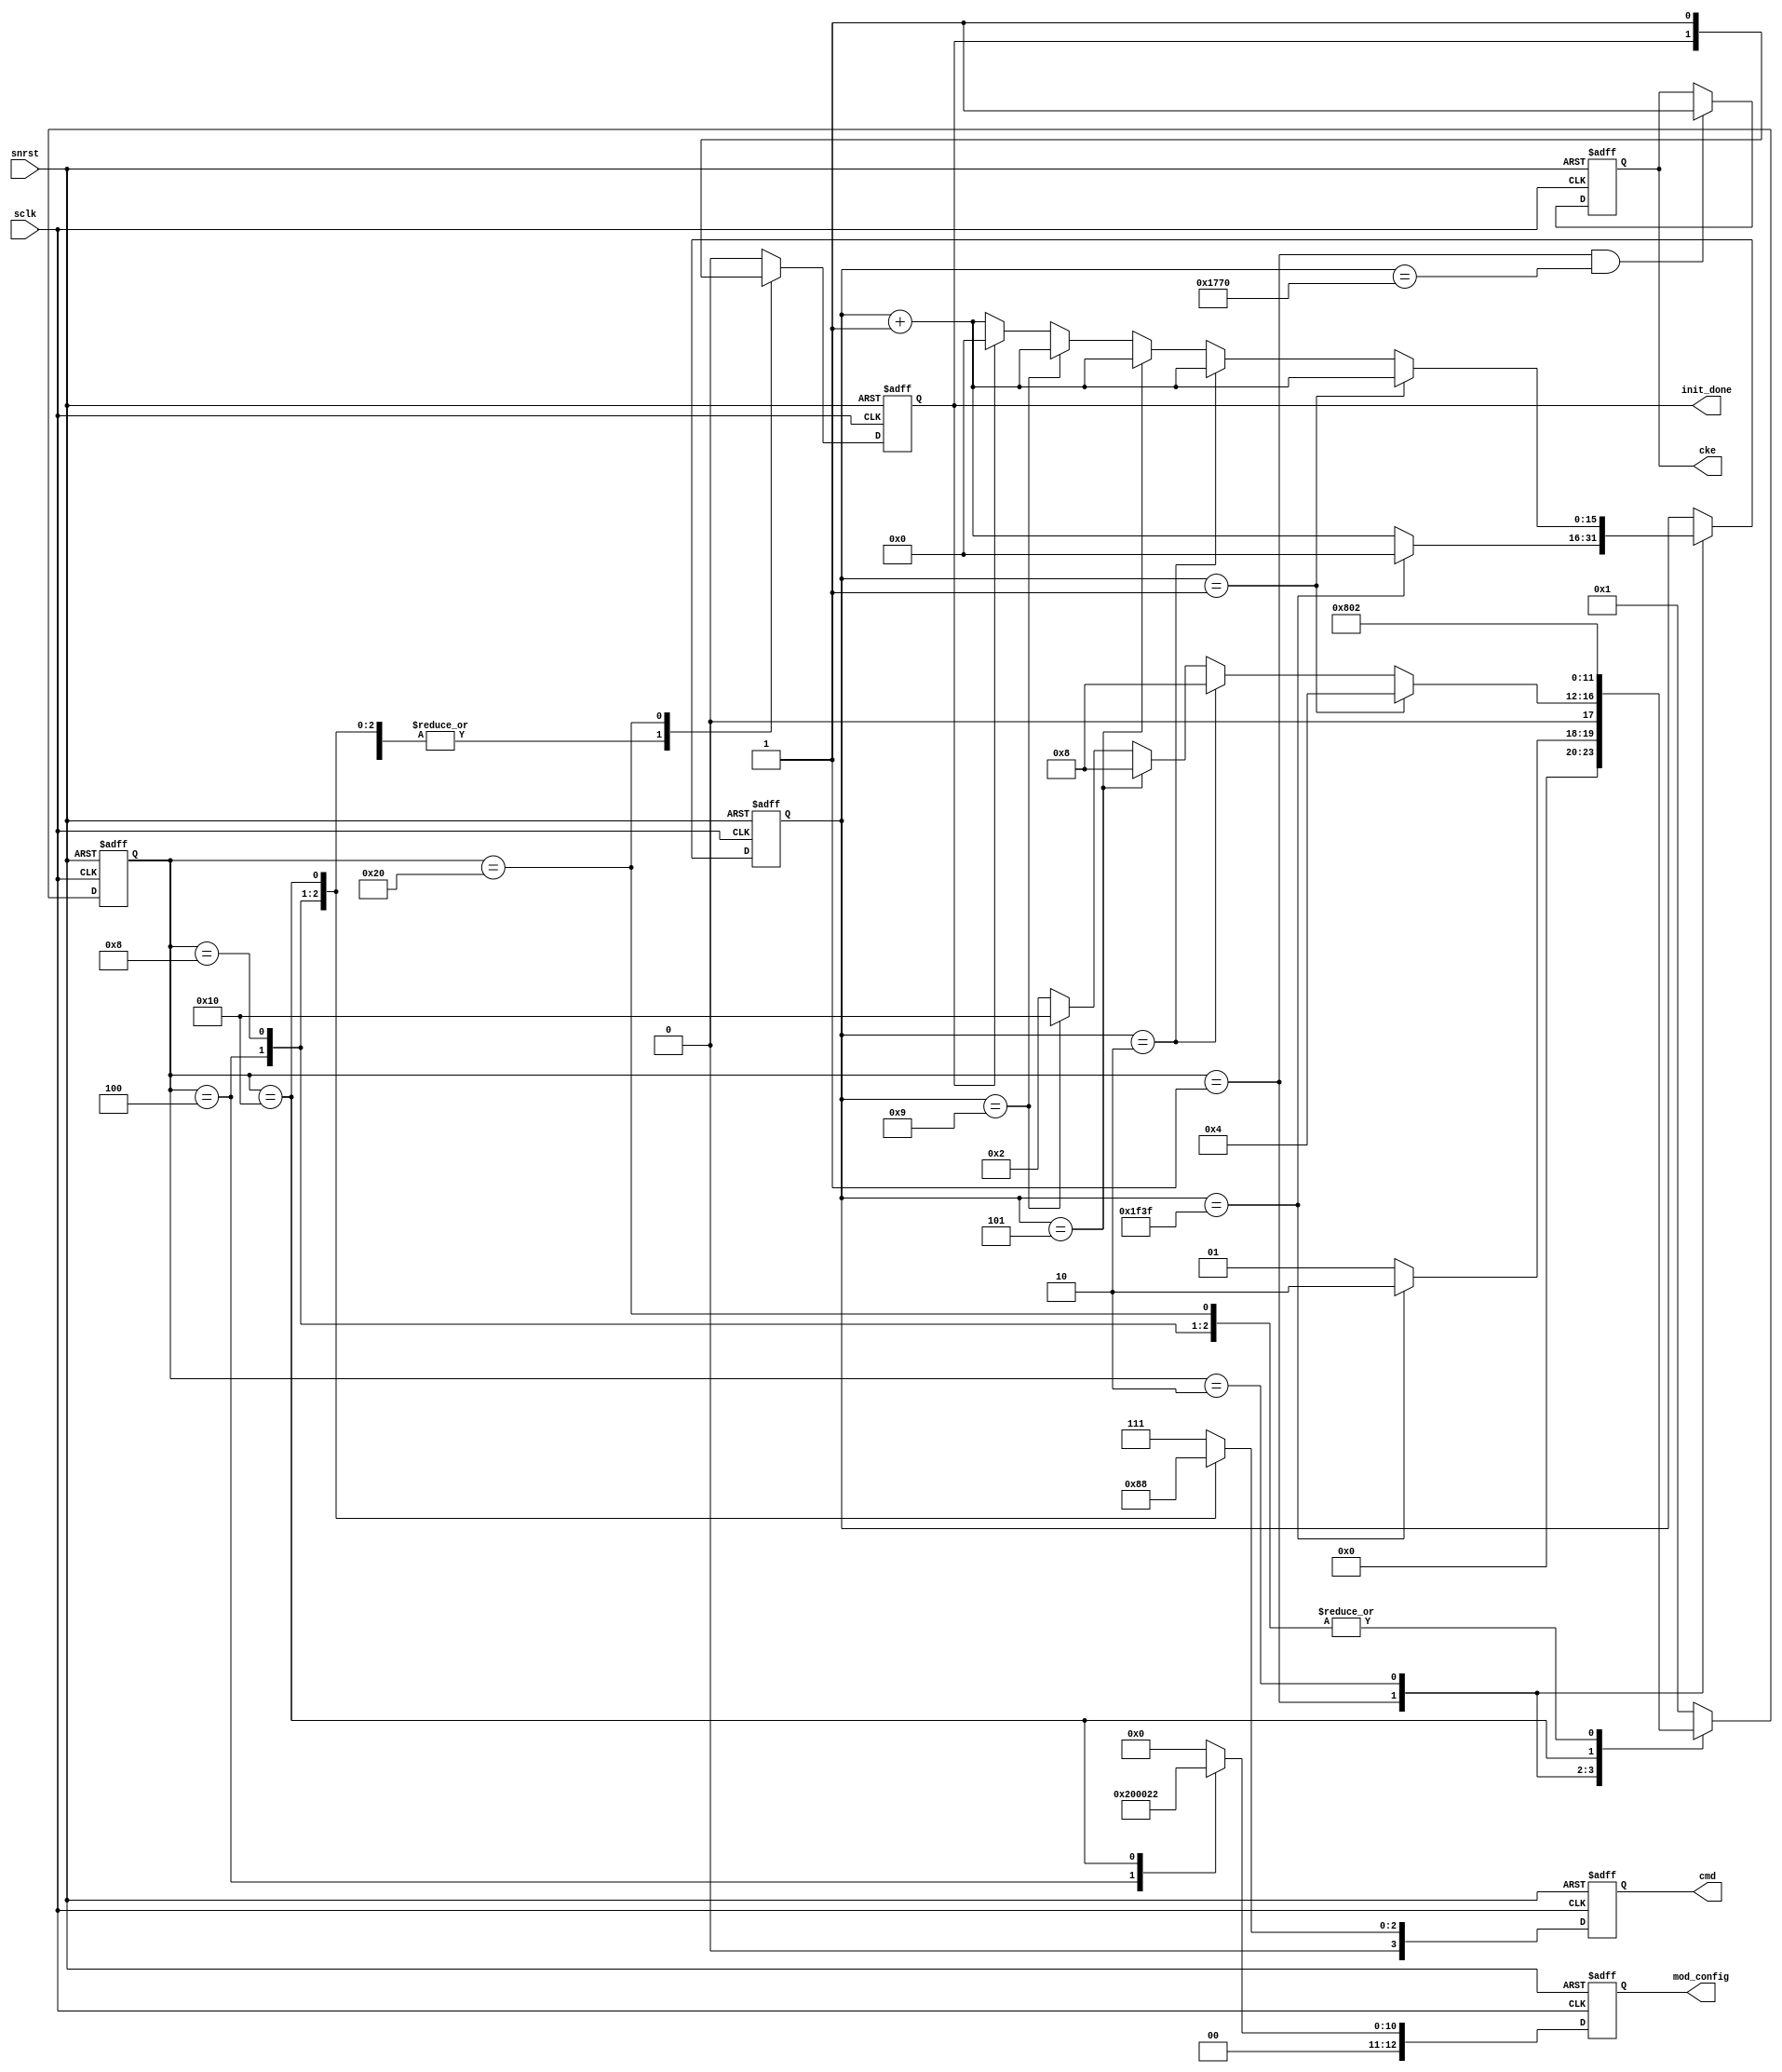
module sdram_initialization (	sclk		,
								snrst		,
								cke			,
								cmd			,
								mod_config	,
								init_done
								);
	input sclk		;
	input snrst		;
	output	reg			cke			;
	output	reg [ 3:0]	cmd	       	;							
	output	reg [12:0]	mod_config 	;							
/* 	output	reg 		init_done	; */
	output	     		init_done	;						
	
	localparam	CMD_NOP			=	4'b0111,							
	            CMD_ACTIVE		=	4'b0011,  					
	            CMD_READ		=	4'b0101,						
	            CMD_WRITE		=	4'b0100,						
	            CMD_BT			=	4'b0110,				//BURST_TERMINITE				
	            CMD_PRCH		=	4'b0010,				//PRICHARGE					
	            CMD_AR_or_SR	=	4'b0001,				//AUTO REFRESH or SELF REFRESH
	            CMD_LMR			=	4'b0000;				//LOAD_MODE_REGISTER
	localparam	MODE_REG	=	13'b0_0000_0010_0010 ;  //CL = 2 ;BL = 4 Sequentially
	localparam	PRECHAR_ALL =   13'b0_0100_0000_0000 ;  //precharge all banks 
	
	localparam	CNT200US	=	'd7999	;//8000 cks actually 
	
	localparam	IDLE					=   6'b000001,
				NOP_AFTER_DELAY			=	6'b000010,
				PRECHAR					=   6'b000100,
				AUTO_REF				=   6'b001000,
				LMR						=	6'b010000,
				ST_init_done_reg			=	6'b100000;
	reg	[ 5:0]	current_state	;
	
	// sdram initialization 
	reg	[15:0]	cnt_cmd	;
	reg init_done_reg ;
	assign init_done = init_done_reg ;
	always@( posedge sclk or negedge snrst )
	begin
		if( ~snrst ) begin
			current_state		<= IDLE    ;
			cmd			<= CMD_NOP ;
			mod_config	<=	13'b0  ;
			init_done_reg   <=  1'b0   ;
			cnt_cmd     <=  16'b0  ;
		end
		else begin
			case( current_state )
				IDLE:begin
					cmd			<=	CMD_NOP	;
					mod_config	<=	13'b0 	;
					init_done_reg   <=  1'b0    ;
					if( cnt_cmd == CNT200US ) begin
						current_state	<=	NOP_AFTER_DELAY;
						cnt_cmd	<=	16'b0 ;
					end
					else begin
						current_state	<=	IDLE	;
						cnt_cmd			<=	cnt_cmd + 1'b1	;
					end 
				end
				NOP_AFTER_DELAY:begin
					cmd			<=	CMD_NOP	;
					mod_config  <=  13'b0   ;
					if( cnt_cmd == 13'd1 ) begin
						current_state	<= PRECHAR ;
						cnt_cmd			<=  cnt_cmd + 1'b1 ;
					end
					else if( cnt_cmd == 13'd2 )begin
						current_state	<=	AUTO_REF ;
						cnt_cmd			<=  cnt_cmd + 1'b1 ;
					end
					else if( cnt_cmd == 13'd5 )begin
						current_state	<=	AUTO_REF ;
						cnt_cmd			<=  cnt_cmd + 1'b1 ;
					end
					else if( cnt_cmd == 13'd9 )begin
						current_state	<=	LMR 	;
						cnt_cmd			<=  cnt_cmd + 1'b1 ;
					end 
					else if( init_done_reg ) begin
						current_state	<=	NOP_AFTER_DELAY	;
						cnt_cmd			<=	16'd0			;
					end
					else begin
						current_state	<=	NOP_AFTER_DELAY	;
						cnt_cmd			<=	cnt_cmd + 1'b1 ;
					end 
				end 
				PRECHAR:begin
					current_state	<=	NOP_AFTER_DELAY	;
					cmd				<=	CMD_PRCH		;
					mod_config		<=	PRECHAR_ALL		;	
				end
				AUTO_REF:begin
					current_state	<=	NOP_AFTER_DELAY	;
					cmd				<=	CMD_AR_or_SR	;
					mod_config		<=	13'b0			;
				end 
				LMR:begin
					current_state	<=	ST_init_done_reg	;
					cmd				<=	CMD_LMR 	;
					mod_config		<=	MODE_REG	;
				end 
				ST_init_done_reg:begin
					current_state	<=	NOP_AFTER_DELAY	;
					init_done_reg		<=	1'b1		;
					cmd				<=	CMD_NOP 	;
					mod_config		<=	13'b0		;
				end 
				default:begin
					current_state		<= IDLE    ;
					cmd					<= CMD_NOP ;
					mod_config			<=	13'b0  ;
					init_done_reg   		<=  1'b0   ;
				end 
			endcase 
		end 
	end 
	
	//cke output 
	always@( posedge sclk or negedge snrst )
	begin
		if( ~snrst )
			cke	<= 1'b0 ;
		else if( current_state == IDLE && cnt_cmd == 16'd6000 )
			cke <= 1'b1 ;
		else 
			cke <= cke  ;
	end
	
	//init_done gen
/* 	reg init_done_reg_d ;
	always@( posedge sclk or negedge snrst )
	begin
		if( ~snrst )
			init_done_reg_d <= 1'b0 ;
		else 
			init_done_reg_d <= init_done_reg ;
			
		if( init_done_reg && ~init_done_reg_d )
			init_done <= 1'b1 ;
		else 
			init_done <= 1'b0 ;			
	end  */
	
endmodule